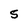
Character: S